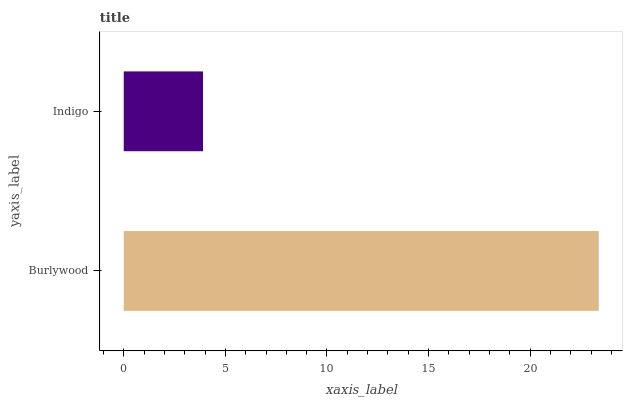
| yaxis_label | bars |
 | --- | --- |
 | Burlywood | 23.4 |
 | Indigo | 3.9 |